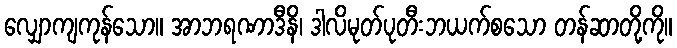
လျှောကျကုန်သော။ အာဘရဏာဒီနိ၊ ဒါလိမုတ်ပုတီးဘယက်စသော တန်ဆာတို့ကို။